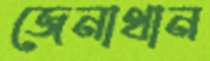
জেনাথান